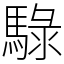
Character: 騄